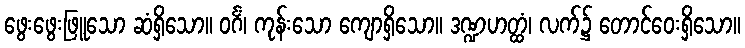
ဖွေးဖွေးဖြူသော ဆံရှိသော။ ဝင်္ဂံ၊ ကုန်းသော ကျောရှိသော။ ဒဏ္ဍဟတ္ထံ၊ လက်၌ တောင်ဝေးရှိသော။